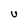
Character: U